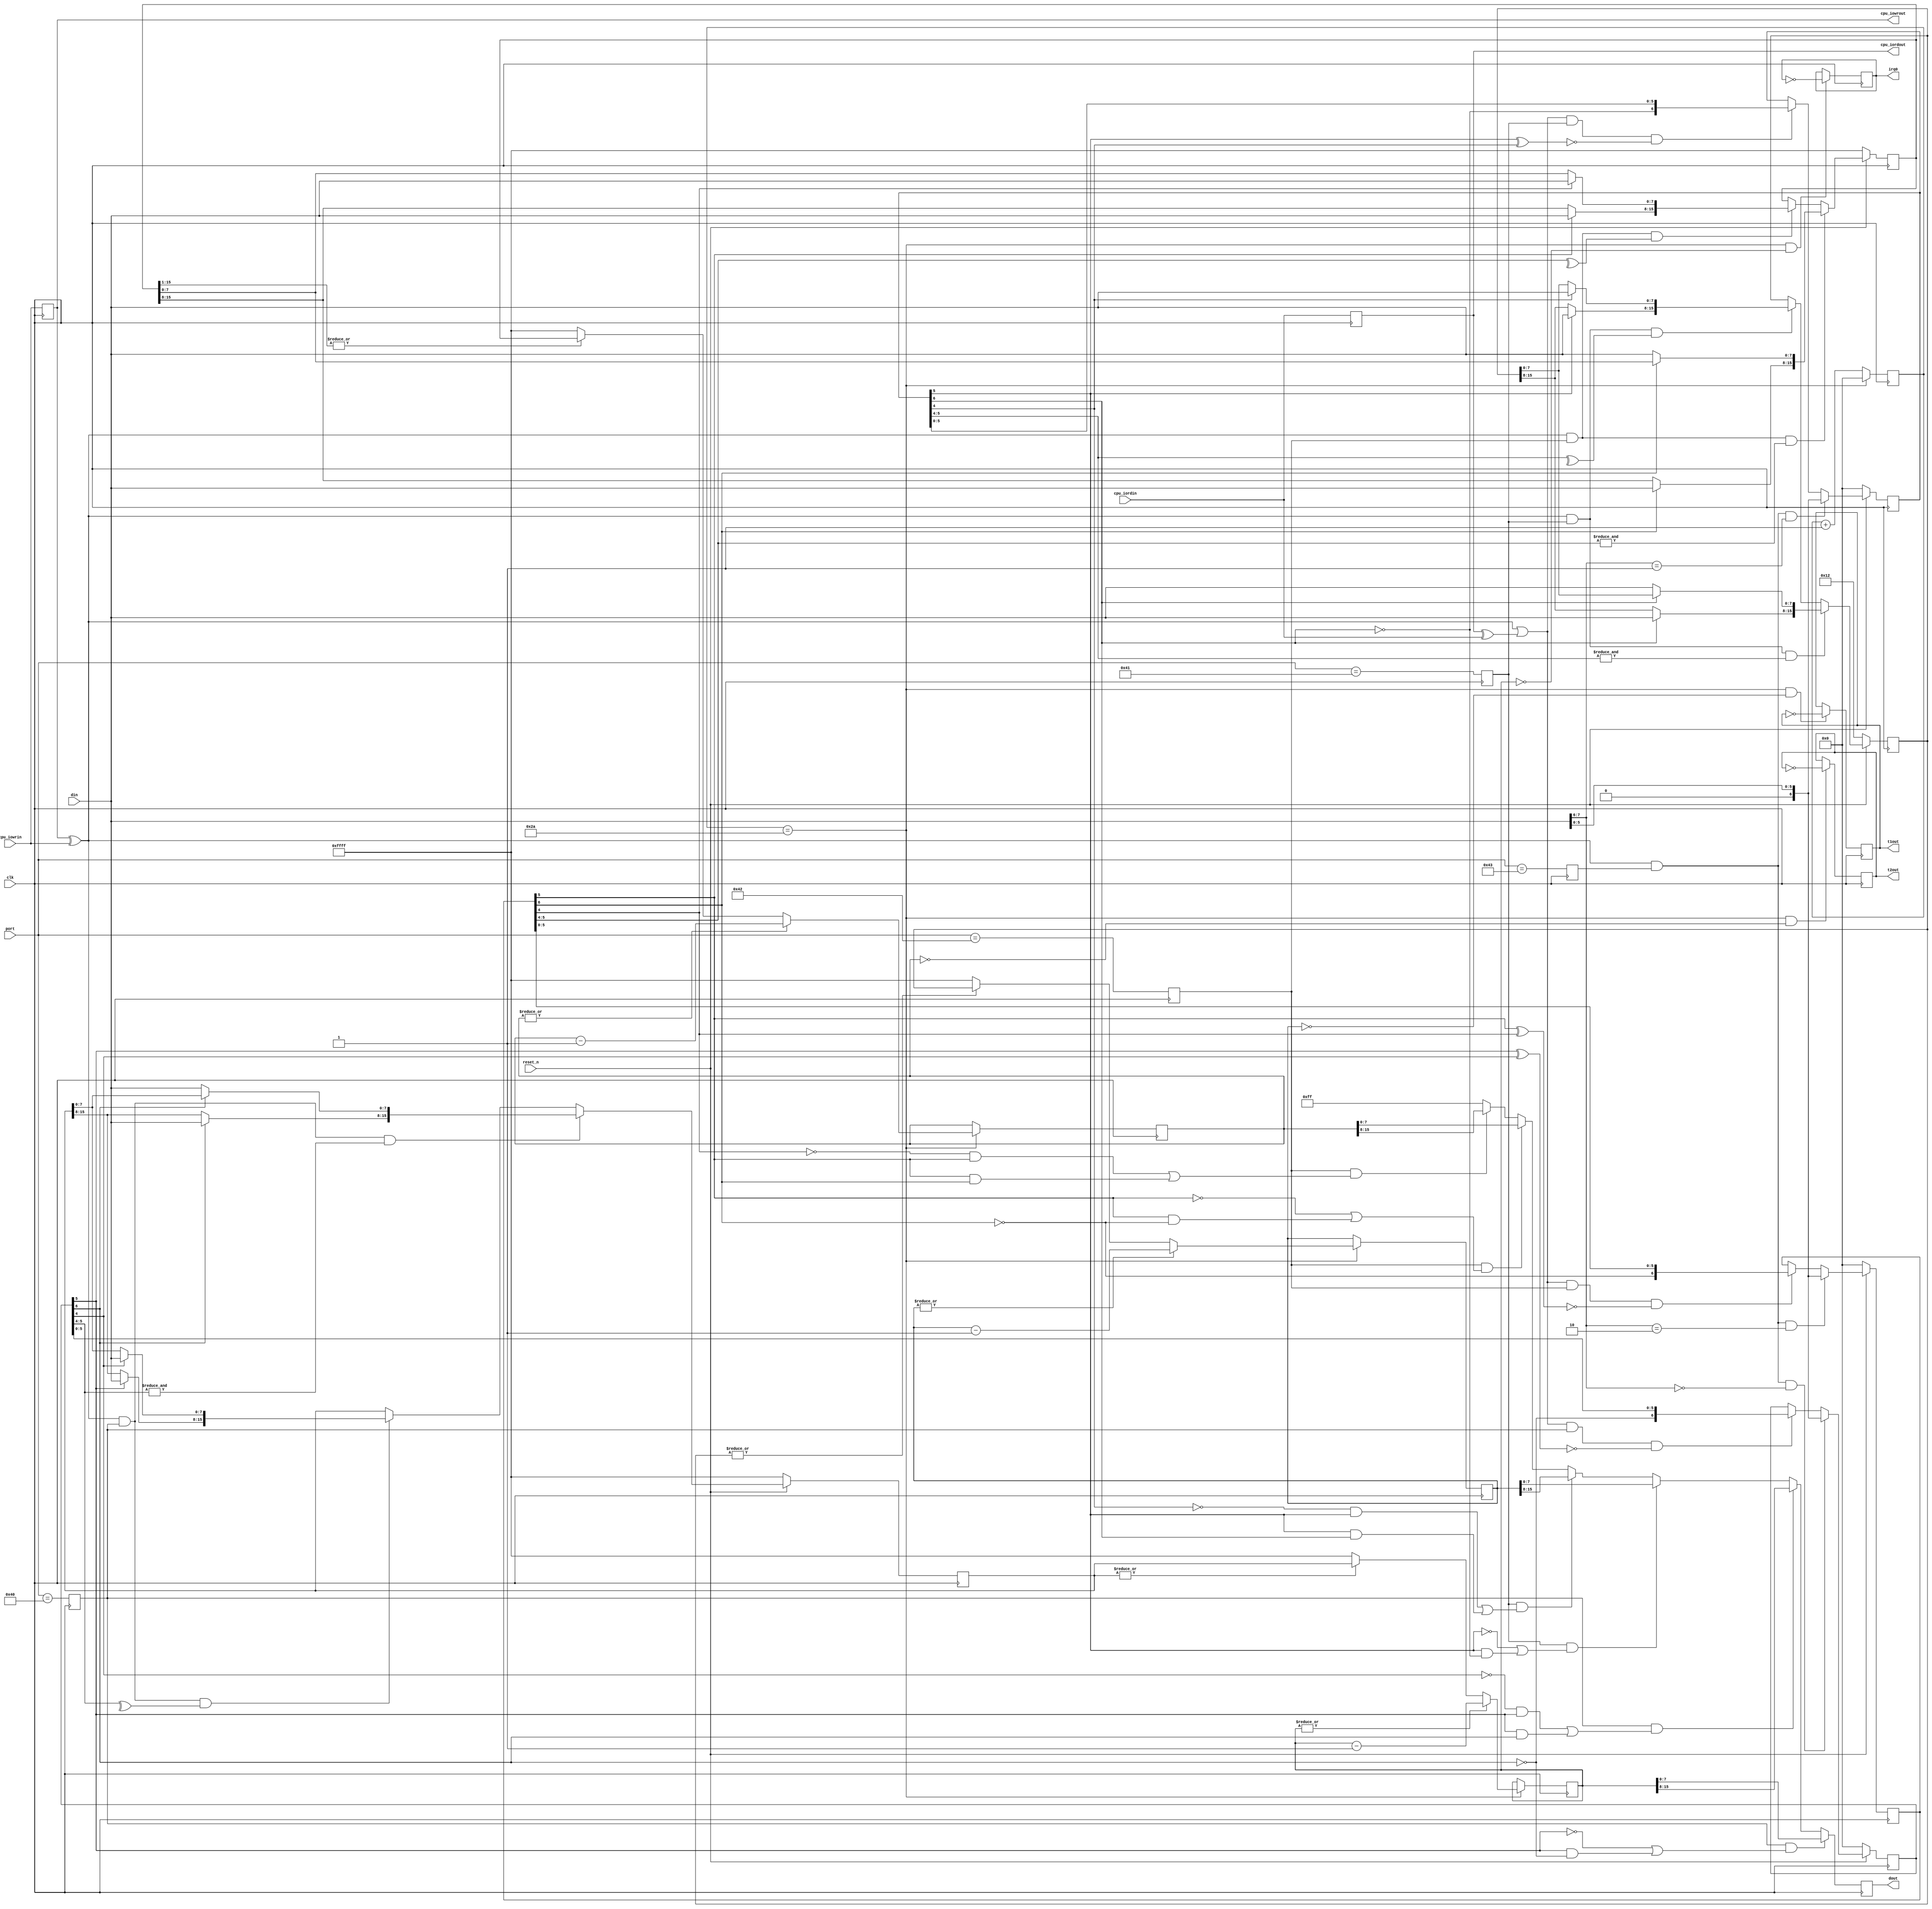
module PIT(
	input wire clk,
	input wire reset_n,
	
	input wire [11:0] port,
	input wire [7:0] din,
	output reg [7:0] dout,
	input wire cpu_iordin,
	output reg cpu_iordout,
	input wire cpu_iowrin,
	output reg cpu_iowrout,
	
	output reg irq0,
	
	output reg t1out,
	output reg t2out
);

localparam
	PRESCALER = 7'd42;

reg cs_40h;
reg cs_41h;
reg cs_42h;
reg cs_43h;

reg [6:0] div;


reg [6:0] control1;
reg [6:0] control2;
reg [6:0] control3;
reg [15:0] preset1;
reg [15:0] preset2;
reg [15:0] preset3;
reg [15:0] value1;
reg [15:0] value2;
reg [15:0] value3;
reg [15:0] latch1;
reg [15:0] latch2;
reg [15:0] latch3;

wire iord = cpu_iordout ^ cpu_iordin;
wire iowr = cpu_iowrout ^ cpu_iowrin;


always @(negedge clk)
begin
	cs_40h <= port == 12'h040;
	cs_41h <= port == 12'h041;
	cs_42h <= port == 12'h042;
	cs_43h <= port == 12'h043;
end

always @(posedge clk)
begin
	cpu_iordout <= cpu_iordin;
	cpu_iowrout <= cpu_iowrin;
	
	control1 <= ~reset_n ? 7'd0 : iowr && cs_43h && (din[7:6] == 2'd0) ? {1'b0, din[5:0]} :
		(iowr || iord) && cs_40h && (~(control1[5] ^ control1[4])) ? {~control1[6], control1[5:0]} : control1;
	control2 <= ~reset_n ? 7'd0 : iowr && cs_43h && (din[7:6] == 2'd1) ? {1'b0, din[5:0]} :
		(iowr || iord) && cs_41h && (~(control2[5] ^ control2[4])) ? {~control2[6], control2[5:0]} : control2;
	control3 <= ~reset_n ? 7'd0 : iowr && cs_43h && (din[7:6] == 2'd2) ? {1'b0, din[5:0]} :
		(iowr || iord) && cs_42h && (~(control3[5] ^ control3[4])) ? {~control3[6], control3[5:0]} : control3;
		
	preset1 <= ~reset_n ? 16'hFFFF : iowr && cs_40h && (&control1[5:4]) ? {control1[6] ? din : preset1[15:8], ~control1[6] ? din : preset1[7:0]} :
		iowr && cs_40h && (^control1[5:4]) ? {control1[5] ? din : preset1[15:8], control1[4] ? din : preset1[7:0]} : preset1;
	preset2 <= ~reset_n ? 16'h0012 : iowr && cs_41h && (&control2[5:4]) ? {control2[6] ? din : preset2[15:8], ~control2[6] ? din : preset2[7:0]} :
		iowr && cs_41h && (^control2[5:4]) ? {control2[5] ? din : preset2[15:8], control2[4] ? din : preset2[7:0]} : preset2;
	preset3 <= ~reset_n ? 16'hFFFF : iowr && cs_42h && (&control3[5:4]) ? {control3[6] ? din : preset3[15:8], ~control3[6] ? din : preset3[7:0]} :
		iowr && cs_42h && (^control3[5:4]) ? {control3[5] ? din : preset3[15:8], control3[4] ? din : preset3[7:0]} : preset3;
		
	value1 <= div == PRESCALER ? (|value1 ? value1 - 16'd1 : (|preset1 ? preset1 : 16'hFFFF)) : value1;
	value2 <= div == PRESCALER ? (|value2 ? value2 - 16'd1 : (|preset2 ? preset2 : 16'hFFFF)) : value2;
	value3 <= div == PRESCALER ? (|value3 ? value3 - 16'd1 : (|(preset3 >> 1) ? preset3 : 16'hFFFF)) : value3;
	
	div <= div == PRESCALER ? 7'd0 : div + 7'd1;
	
	irq0 <= (div == PRESCALER) && (value1 == 16'd0) ? ~irq0 : irq0;

	t1out <= (div == PRESCALER) && (value2 == 16'd0) ? ~t1out : t1out;
	
	t2out <= (div == PRESCALER) && (value3 == 16'd0) ? ~t2out : t2out;

	dout <=
		cs_40h && ((~control1[5]) || (control1[5] & (~control1[6]))) ? value1[7:0] :
		cs_40h && (((~control1[4]) && control1[5]) || (control1[5] & (control1[6]))) ? value1[15:8] :
		cs_41h && ((~control2[5]) || (control2[5] & (~control2[6]))) ? value2[7:0] :
		cs_41h && (((~control2[4]) && control2[5]) || (control2[5] & (control2[6]))) ? value2[15:8] :
		cs_42h && ((~control3[5]) || (control3[5] & (~control3[6]))) ? value3[7:0] :
		cs_42h && (((~control3[4]) && control3[5]) || (control3[5] & (control3[6]))) ? value3[15:8] :
		8'hFF;
end

endmodule